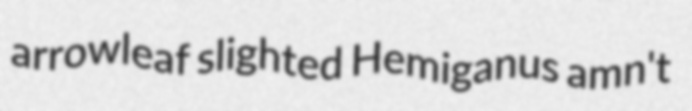
arrowleaf slighted Hemiganus amn't